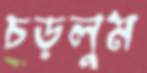
চড়লুম